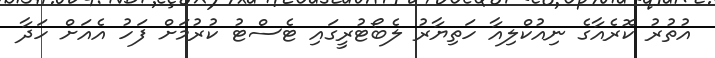
އުތުރު ކޮރެއާގެ ނިއުކްލިއާ ހަތިޔާރު ލެބޯޓުރީގައި ޓެސްޓު ކުރުމަށް ފަހު އެއަށް ހަދާ